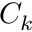
C _ { k }